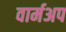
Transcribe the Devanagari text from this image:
वार्मअप